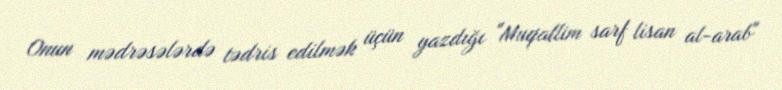
Onun mədrəsələrdə tədris edilmək üçün yazdığı "Muqallim sarf lisan al-arab"